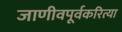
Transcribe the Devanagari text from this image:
जाणीवपूर्वकरित्या